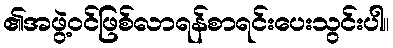
၏အဖွဲ့ဝင်ဖြစ်လာရန်စာရင်းပေးသွင်းပါ။